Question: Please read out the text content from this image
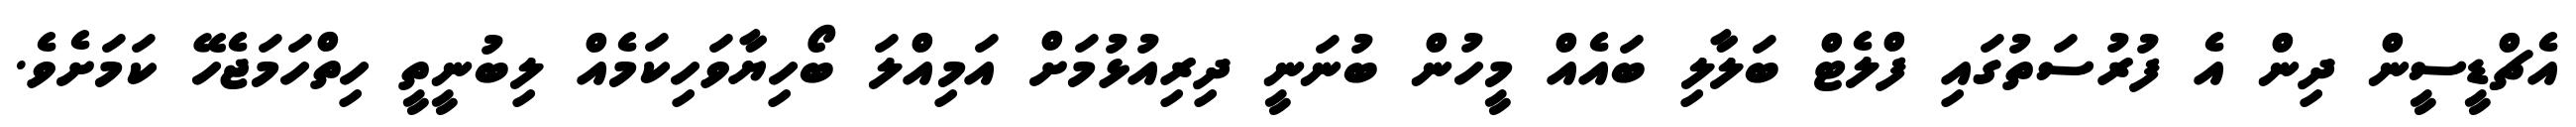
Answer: އެޗްޑީސީން ދިން އެ ފުރުސަތުގައި ފްލެޓް ބަލާލި ބައެއް މީހުން ބުނަނީ ދިރިއުޅުމަށް އަމިއްލަ ބޯހިޔާވަހިކަމެއް ލިބުނީތީ ހިތްހަމަޖެހޭ ކަމަށެވެ.